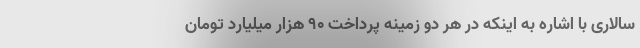
سالاری با اشاره به اینکه در هر دو زمینه پرداخت ۹۰ هزار میلیارد تومان